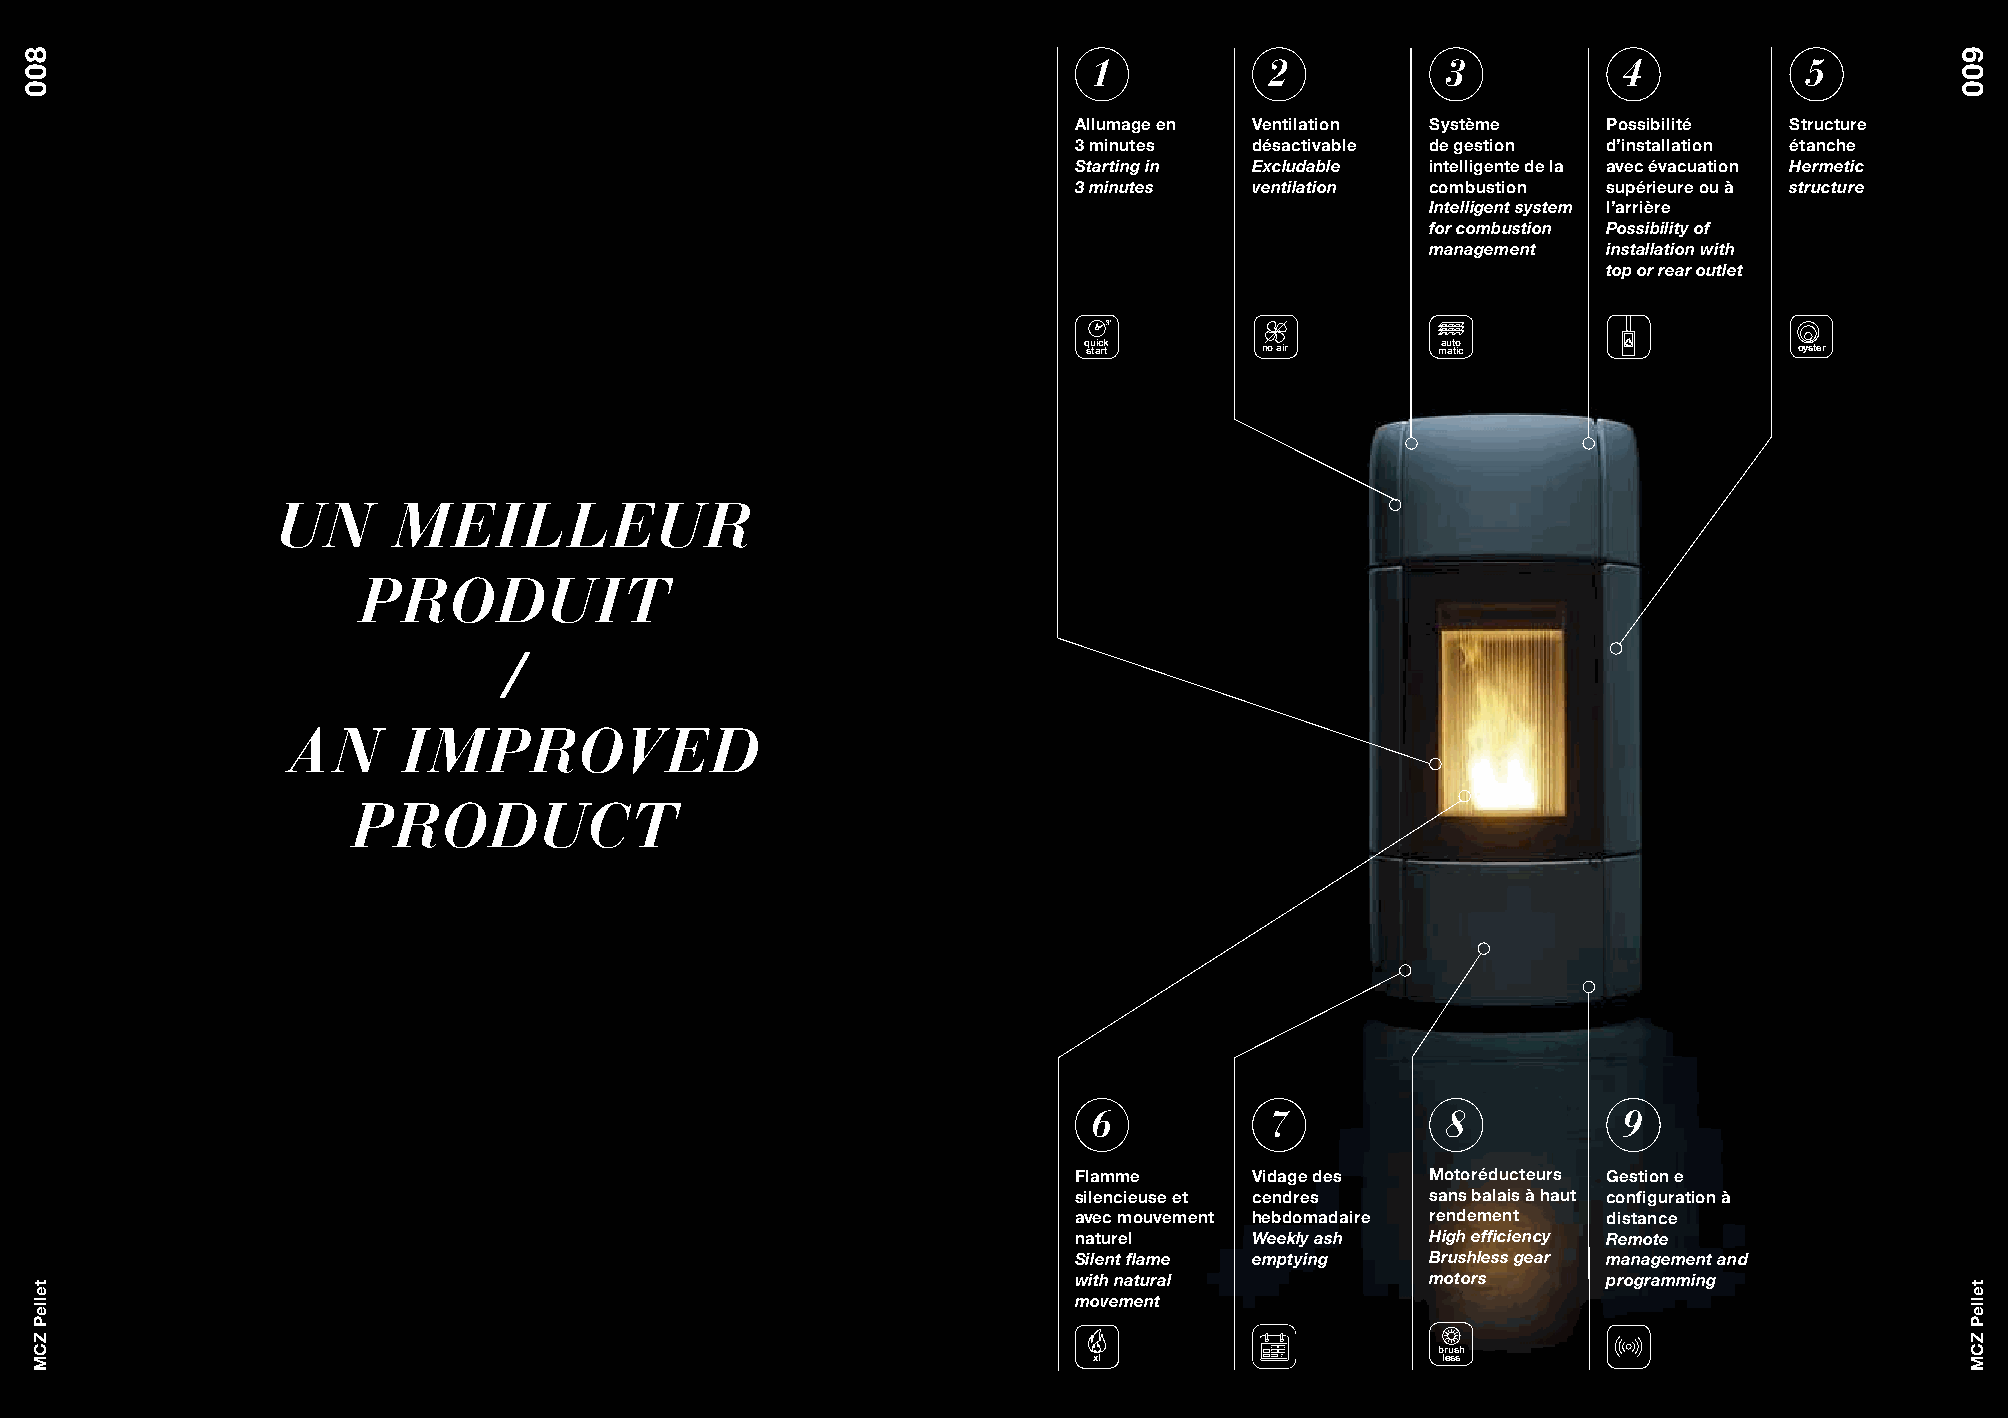
1           2           3          4            5
 Allumage en Ventilation Système    Possibilité Structure
 3 minutes   désactivable de gestion d’installation étanche
 Starting in Excludable  intelligente de la avec évacuation Hermetic
 3 minutes   ventilation combustion supérieure ou à structure
 Intelligent system l’arrière
 for combustion Possibility of
 management installation with
 top or rear outlet
 q su taic rk t no air  mau at to ic            oyster
 UN      MEILLEUR
 PRODUIT
 /
 AN      IMPROVED
 PRODUCT
 6           7           8          9
 Flamme      Vidage des  Motoréducteurs Gestion e
 silencieuse et cendres  sans balais à haut configuration à
 avec mouvement hebdomadaire rendement distance
 naturel     Weekly ash  High efficiency Remote
 Silent flame emptying   Brushless gear management and
 with natural            motors     programming
 movement
 brush
 xl                     less
 800
 telleP
 ZCM
 900
 telleP
 ZCM